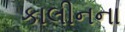
કાલીનના